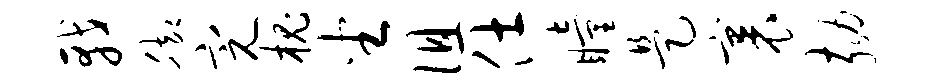
戟脚完槐坐徂仕瞳是裹劾